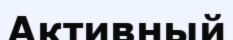
Активный